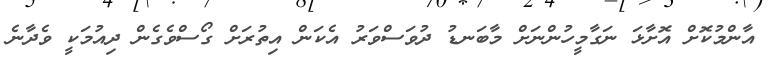
އާންމުކޮށް އޮށާޅަ ނަގާމީހުންނަށް މާބަނޑު ދުވަސްވަރު އެކަން އިތުރަށް ގޯސްވެގެން ދިއުމަކީ ވެދާނެ